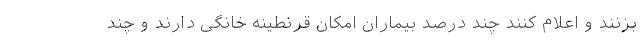
بزنند و اعلام کنند چند درصد بیماران امکان قرنطینه خانگی دارند و چند